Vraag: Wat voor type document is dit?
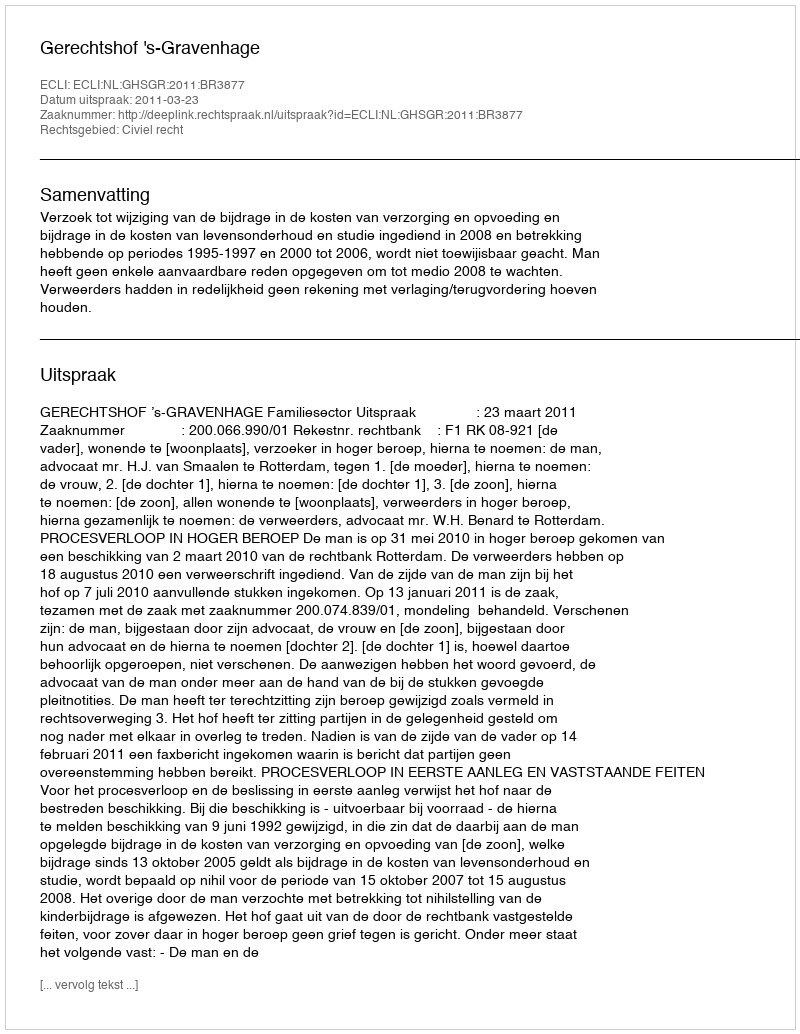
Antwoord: Uitspraak